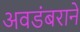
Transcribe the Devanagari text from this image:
अवडंबराने